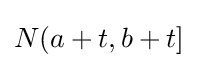
{\textstyle N(a+t,b+t]}